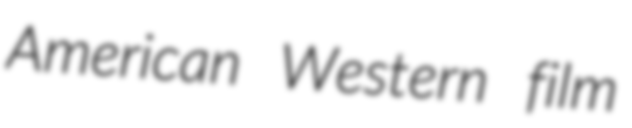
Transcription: American Western film